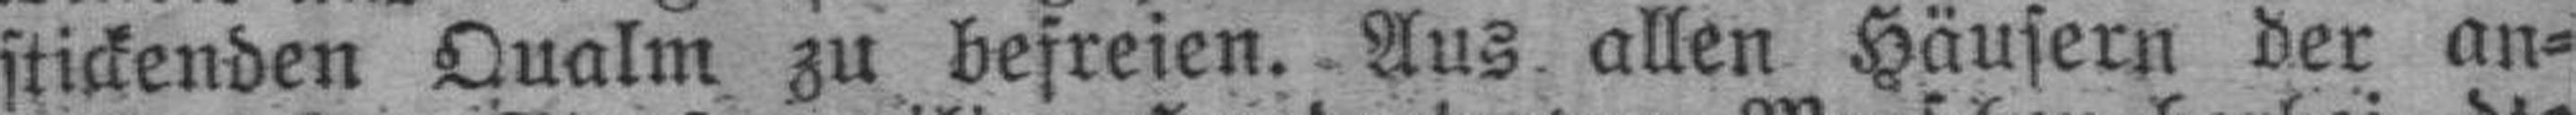
stickenden Qualm zu befreien. Aus allen Häusern der an¬